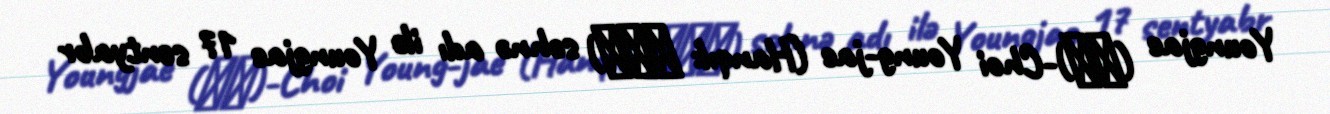
Youngjae (영재)-Choi Young-jae (Hanqıl: 최영재) səhnə adı ilə Youngjae 17 sentyabr